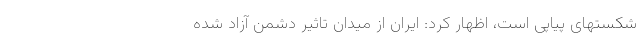
شکستهای پیاپی است، اظهار کرد: ایران از میدان تاثیر دشمن آزاد شده‌